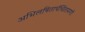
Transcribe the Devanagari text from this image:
अभिलषितार्थचिंतामणी